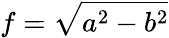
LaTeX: f=\sqrt{a^{2}-b^{2}}